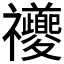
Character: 𥜶